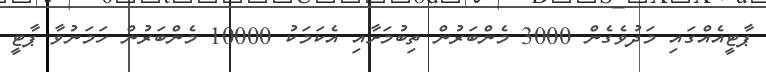
ޕާޓީއެއްގައި މަދުވެގެން 3000 މެންބަރުން ތިބުމަށާއި އެކަމަކު 10000 މެންބަރުން ހަމަނުވާ ޕާޓީ